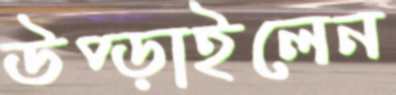
উপ্‌ড়াইলেন